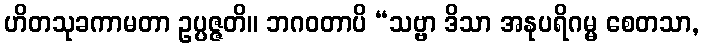
ဟိတသုခကာမတာ ဥပ္ပဇ္ဇတိ။ ဘဂဝတာပိ “သဗ္ဗာ ဒိသာ အနုပရိဂမ္မ စေတသာ,